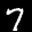
Label: 7